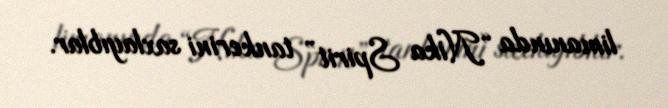
limanında “Nika Spirit” tankerini saxlayıblar.